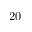
2 0